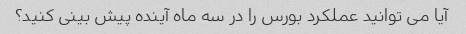
آیا می توانید عملکرد بورس را در سه ماه آینده پیش بینی کنید؟